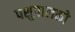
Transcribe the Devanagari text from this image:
पशुपालको